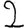
Digit: 2